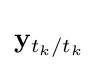
\mathbf {y} _{t_{k}/t_{k}}